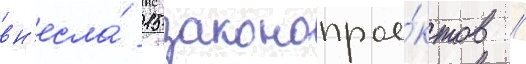
вн'есла́ 15 законопрое́ктов /